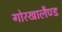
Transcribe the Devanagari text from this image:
गोरखालैण्ड